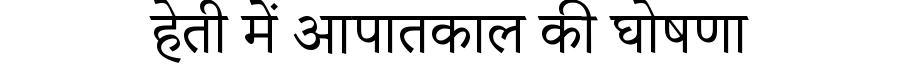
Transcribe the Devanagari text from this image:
हेती में आपातकाल की घोषणा